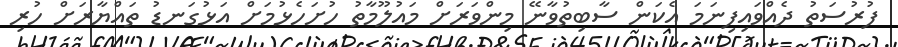
ފުރުސަތު ދެއްވައިފިނަމަ އެކަން ސާބިތުވާނޭ މިންވަރަށް މައުލޫމާތު ހުށަހެޅުމަށް އަޅުގަނޑު ތައްޔާރަށް ހުރި